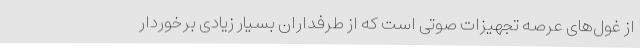
از غول‌های عرصه تجهیزات صوتی است که از طرفداران بسیار زیادی برخوردار